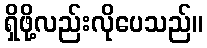
ရှိဖို့လည်းလိုပေသည်။